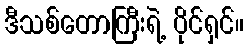
ဒီသစ်တောကြီးရဲ့ ပိုင်ရှင်။